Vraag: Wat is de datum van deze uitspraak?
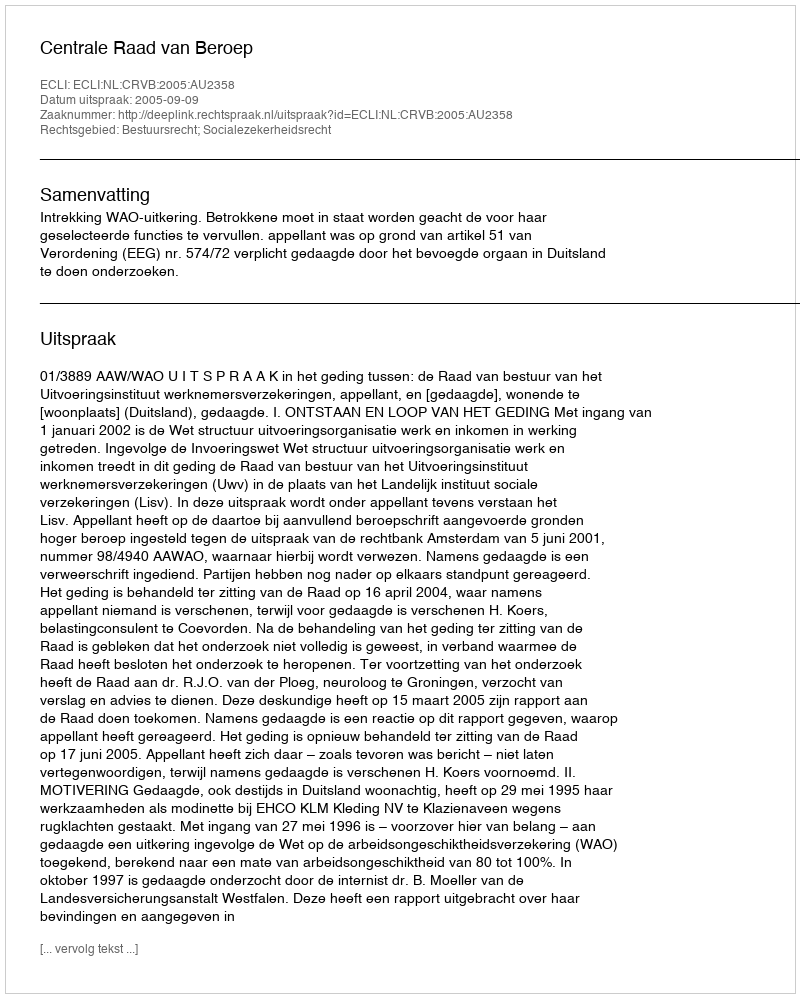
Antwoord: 2005-09-09